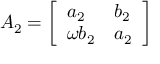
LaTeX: A _ { 2 } = { \left[ \begin{array} { l l } { a _ { 2 } } & { b _ { 2 } } \\ { \omega b _ { 2 } } & { a _ { 2 } } \end{array} \right] }